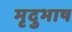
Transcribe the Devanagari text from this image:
मृदुभाष